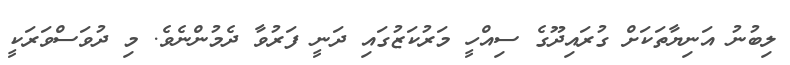
ލިބުނު އަނިޔާތަކަށް ގުރައިދޫގެ ސިއްހީ މަރުކަޒުގައި ދަނީ ފަރުވާ ދެމުންނެވެ. މި ދުވަސްވަރަކީ